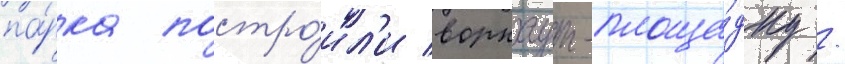
па́рка постро́ил'и воркаут-площа́дку /